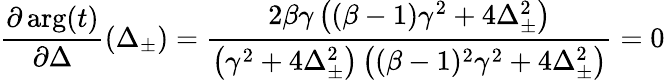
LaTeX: \frac{\partial\arg(t)}{\partial\Delta}(\Delta_{\pm})=\frac{2\beta\gamma\left((\beta-1)\gamma^{2}+4\Delta_{\pm}^{2}\right)}{\left(\gamma^{2}+4\Delta_{\pm}^{2}\right)\left((\beta-1)^{2}\gamma^{2}+4\Delta_{\pm}^{2}\right)}=0